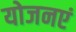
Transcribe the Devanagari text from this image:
योजनएं